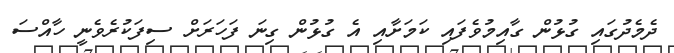
ދެމެދުގައި ގުޅުން ގާއިމުވެފައި ކަމަށާއި އެ ގުޅުން ގިނަ ފަހަރަށް ސިފަކުރެވެނީ ހާއްސަ